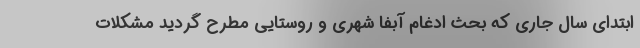
ابتدای سال جاری که بحث ادغام آبفا شهری و روستایی مطرح گردید مشکلات